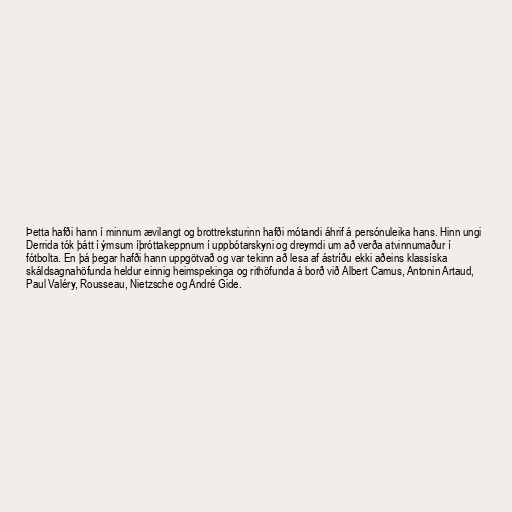
Þetta hafði hann í minnum ævilangt og brottreksturinn hafði mótandi áhrif á persónuleika hans. Hinn ungi
Derrida tók þátt í ýmsum íþróttakeppnum í uppbótarskyni og dreymdi um að verða atvinnumaður í
fótbolta. En þá þegar hafði hann uppgötvað og var tekinn að lesa af ástríðu ekki aðeins klassíska
skáldsagnahöfunda heldur einnig heimspekinga og rithöfunda á borð við Albert Camus, Antonin Artaud,
Paul Valéry, Rousseau, Nietzsche og André Gide.